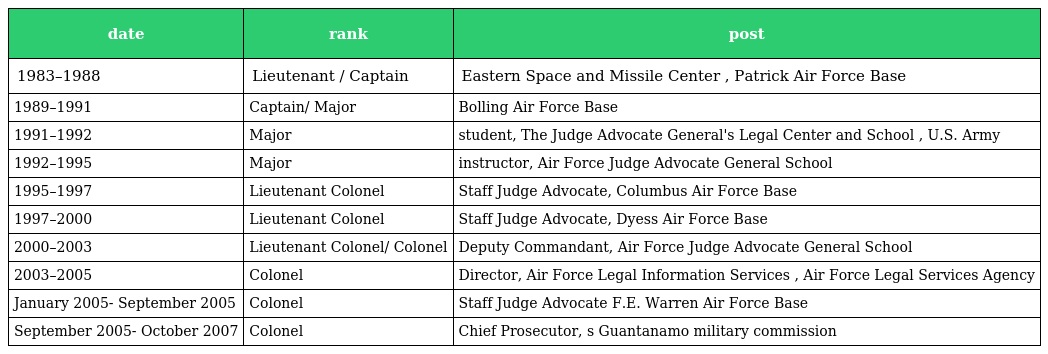
| date | rank | post |
 | --- | --- | --- |
 | 1983–1988 | Lieutenant / Captain | Eastern Space and Missile Center , Patrick Air Force Base |
 | 1989–1991 | Captain/ Major | Bolling Air Force Base |
 | 1991–1992 | Major | student, The Judge Advocate General's Legal Center and School , U.S. Army |
 | 1992–1995 | Major | instructor, Air Force Judge Advocate General School |
 | 1995–1997 | Lieutenant Colonel | Staff Judge Advocate, Columbus Air Force Base |
 | 1997–2000 | Lieutenant Colonel | Staff Judge Advocate, Dyess Air Force Base |
 | 2000–2003 | Lieutenant Colonel/ Colonel | Deputy Commandant, Air Force Judge Advocate General School |
 | 2003–2005 | Colonel | Director, Air Force Legal Information Services , Air Force Legal Services Agency |
 | January 2005- September 2005 | Colonel | Staff Judge Advocate F.E. Warren Air Force Base |
 | September 2005- October 2007 | Colonel | Chief Prosecutor, s Guantanamo military commission |